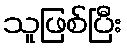
သူဖြစ်ပြီး